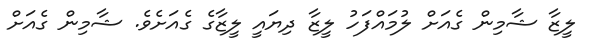
ލީޒާ ޝާމިން ގެއަށް ލުމައްފަހު ލީޒާ ދިޔައީ ލީޒާގެ ގެއަށެވެ. ޝާމިން ގެއަށް